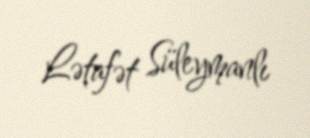
Lətafət Süleymanlı